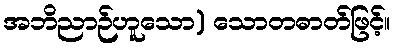
အဘိညာဉ်ဟူသော) သောတဓာတ်ဖြင့်။